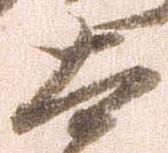
太